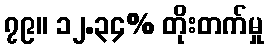
၇၉။ ၁၂.၃၄% တိုးတက်မှု